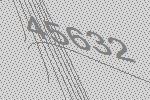
45632